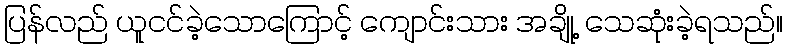
ပြန်လည် ယူငင်ခဲ့သောကြောင့် ကျောင်းသား အချို့ သေဆုံးခဲ့ရသည်။